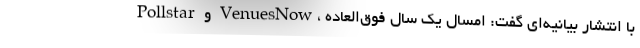
Pollstar و VenuesNow، با انتشار بیانیه‌ای گفت: امسال یک سال فوق‌العاده